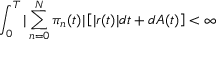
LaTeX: \int _ { 0 } ^ { T } | \sum _ { n = 0 } ^ { N } \pi _ { n } ( t ) | \left[ | r ( t ) | d t + d A ( t ) \right] < \infty